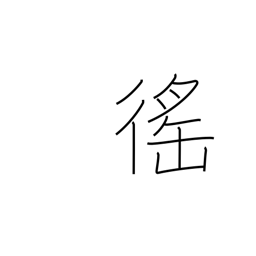
Meaning: corvee